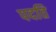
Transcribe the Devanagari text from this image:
पदति